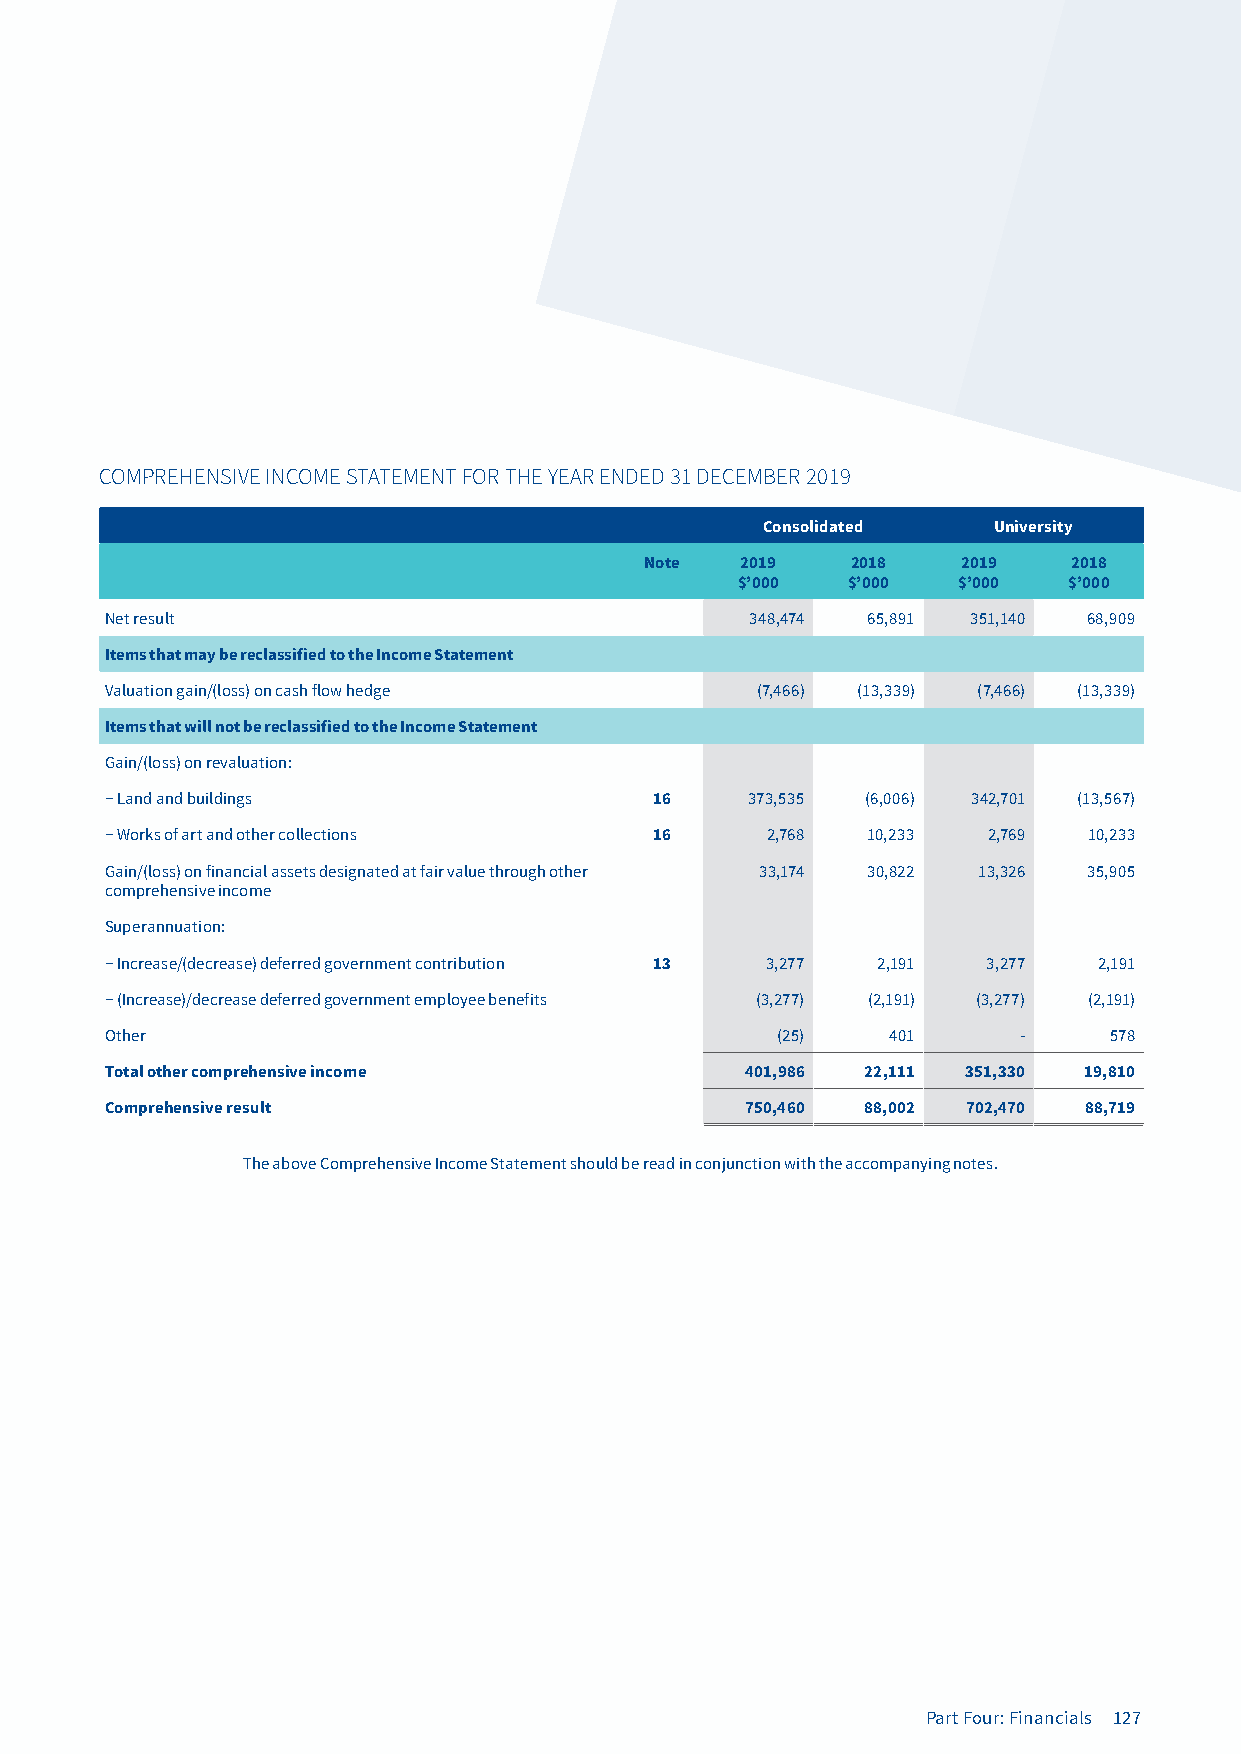
COMPREHENSIVE INCOME STATEMENT FOR THE YEAR ENDED 31 DECEMBER 2019
 Consolidated   University
 Note  2019   2018    2019   2018
 $’000  $’000  $’000   $’000
 Net result                                 348,474 65,891 351,140 68,909
 Items that may be reclassified to the Income Statement
 Valuation gain/(loss) on cash flow hedge   (7,466) (13,339) (7,466) (13,339)
 Items that will not be reclassified to the Income Statement
 Gain/(loss) on revaluation:
 − Land and buildings                16     373,535 (6,006) 342,701 (13,567)
 − Works of art and other collections 16     2,768 10,233  2,769  10,233
 Gain/(loss) on financial assets designated at fair value through other 33,174 30,822 13,326 35,905
 comprehensive income
 Superannuation:
 − Increase/(decrease) deferred government contribution 13 3,277 2,191 3,277 2,191
 − (Increase)/decrease deferred government employee benefits (3,277) (2,191) (3,277) (2,191)
 Other                                       (25)    401     -     578
 Total other comprehensive income          401,986 22,111 351,330 19,810
 Comprehensive result                      750,460 88,002 702,470 88,719
 The above Comprehensive Income Statement should be read in conjunction with the accompanying notes.
 Part Four: Financials 127